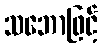
သဘောဖြင့်